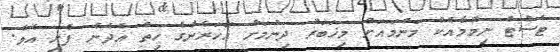
ޓެސްޓް ނިމުމާއެކު މަންމައަށް މިޚަބަރު ދިނުމަށް އަހަރެންގެ ހިތް އެދެން ފެށި އެވެ.